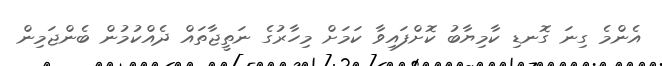
އެންމެ ގިނަ ގޮނޑި ކާމިޔާބު ކޮށްފައިވާ ކަމަށް މިހާރުގެ ނަތީޖާތައް ދެއްކުމުން ބެންޖަމިން